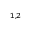
^ { 1 , 2 }